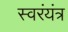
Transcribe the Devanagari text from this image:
स्वरंयंत्र